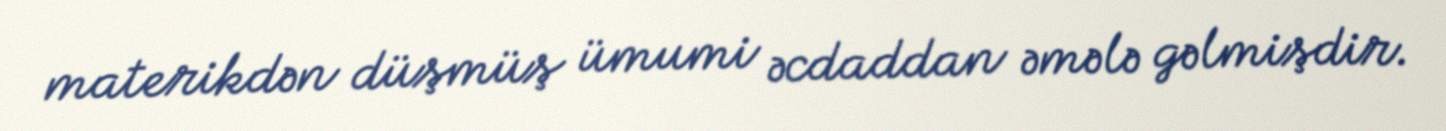
materikdən düşmüş ümumi əcdaddan əmələ gəlmişdir.